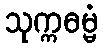
သုက္ကဓမ္မံ